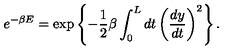
e ^ { - \beta E } = \exp \left\{ - \frac { 1 } { 2 } \beta \int _ { 0 } ^ { L } d t \left( \frac { d y } { d t } \right) ^ { 2 } \right\} .